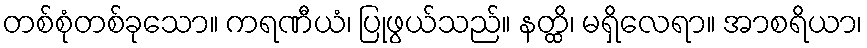
တစ်စုံတစ်ခုသော။ ကရဏီယံ၊ ပြုဖွယ်သည်။ နတ္ထိ၊ မရှိလေရာ။ အာစရိယာ၊